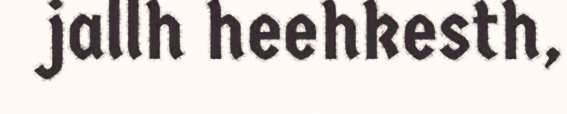
jallh heehkesth,